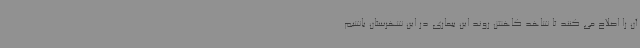
آن را اصلاح می کنند تا شاهد کاهش روند این بیماری در این شهرستان باشیم.